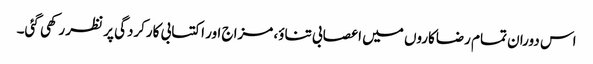
اس دوران تمام رضاکاروں میں اعصابی تناؤ، مزاج اور اکتسابی کارکردگی پر نظر رکھی گئی۔